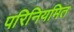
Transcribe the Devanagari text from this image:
परिनियमित